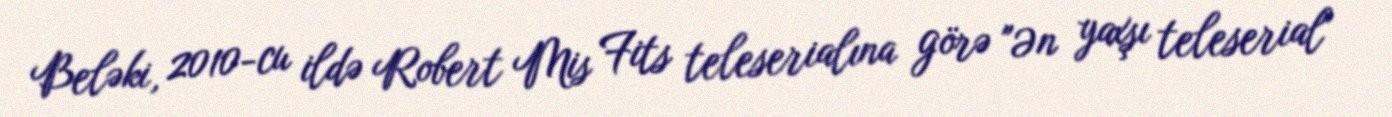
Beləki, 2010-cu ildə Robert Mis Fits teleserialına görə "Ən yaxşı teleserial"